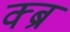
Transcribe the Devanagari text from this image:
क्ब्र